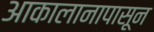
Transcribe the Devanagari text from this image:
आकालानापासून